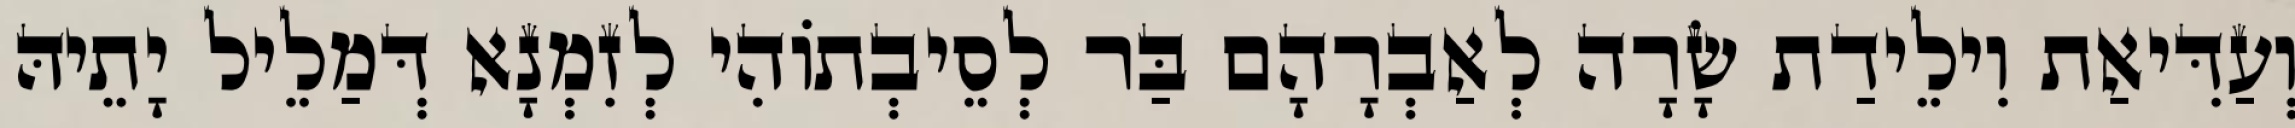
וְעַדִּיאַת וִילֵידַת שָׂרָה לְאַבְרָהָם בַּר לְסֵיבְתוֹהִי לְזִמְנָא דְּמַלֵיל יָתֵיהּ